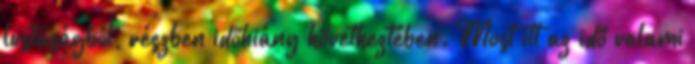
lustaságból, részben időhiány következtében. Most itt az idő valami